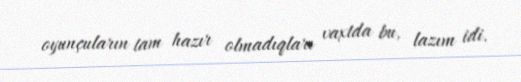
oyunçuların tam hazır olmadıqları vaxtda bu, lazım idi.